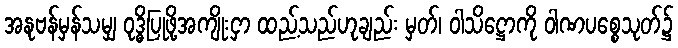
အနုဗန်မှန်သမျှ ဝုဒ္ဓိပြုဖို့အကျိုးငှာ ထည့်သည်ဟုချည်း မှတ်၊ ဝါသိဋ္ဌောကို ဝါဏပစ္စေသုတ်၌